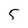
Character: 5